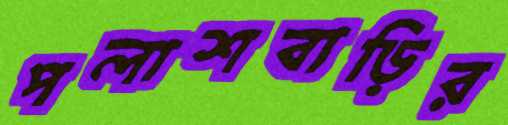
পলাশবাড়ির